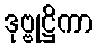
ဒုဗ္ဗုဋ္ဌိကာ